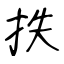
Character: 抶